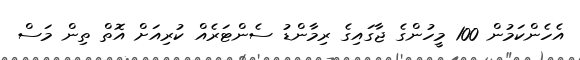
އެހެންކަމުން 100 މީހުންގެ ޖާގައިގެ ރިމާންޑު ސެންޓަރެއް ކުރިއަށް އޮތް ތިން މަސް